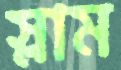
স্লাম